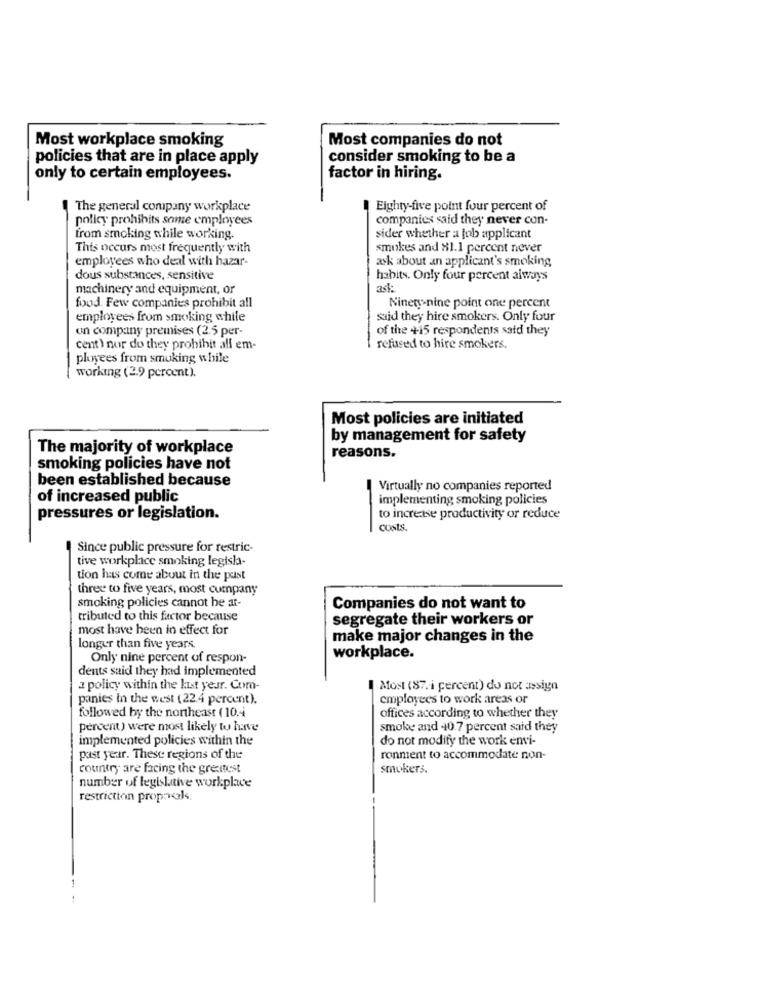
Most workplace smoking
Most companies do not
policies that are in place apply
consider smoking to be a
only to certain employees.
factor in hiring.
The general company workplace
Eighty-five point four percent of
policy prohibits some employees
companies said they never con-
from smoking while working.
sider whether a job applicant
This occurs most frequently with
smokes and 81.1 percent never
employees who deal with hazar-
ask about an applicant's smoking
dous substances, sensitive
habits. Only four percent always
machinery and equipment, or
ask:
food. Few companies prohibit all
Ninety nine point one percent
employees from smoking while
said they hire smokers. Only four
un company premises (2.5 per-
of the +15 respondents said they
cent) nor do they prohibit all em-
refused to hire smokers.
ployees from smuking while
working (2.9 percent).
Most policies are initiated
by management for safety
The majority of workplace
reasons.
smoking policies have not
been established because
Virtually no companies reported
of increased public
implementing smoking policies
pressures or legislation.
to increase productivity or reduce
costs.
Since public pressure for restric-
tive workplace smoking legisla-
tion has come about in the past
three to five years, most cumpany
smoking policies cannot be at-
Companies do not want to
tributed to this factor because
segregate their workers or
most have been in effect for
make major changes in the
longer than five years.
Only nine percent of respon-
workplace.
dents said they had implemented
a policy within the kust year. Com-
Most (87. i percent) do not assign
panies in the west (22.4 percent).
employees to work areas or
followed by the northeast ( 10.4
offices according to whether they
percent) were most likely to have
smoke and 40.7 percent said they
implemented policies within the
do not modify the work envi-
past year. These regions of the
ronment to accommodate non-
country are facing the greatest
smokers.
number of legislative workplace
restriction proposals.